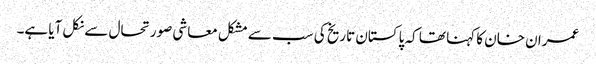
عمران خان کا کہنا تھا کہ پاکستان تاریخ کی سب سے مشکل معاشی صورتحال سے نکل آیا ہے۔